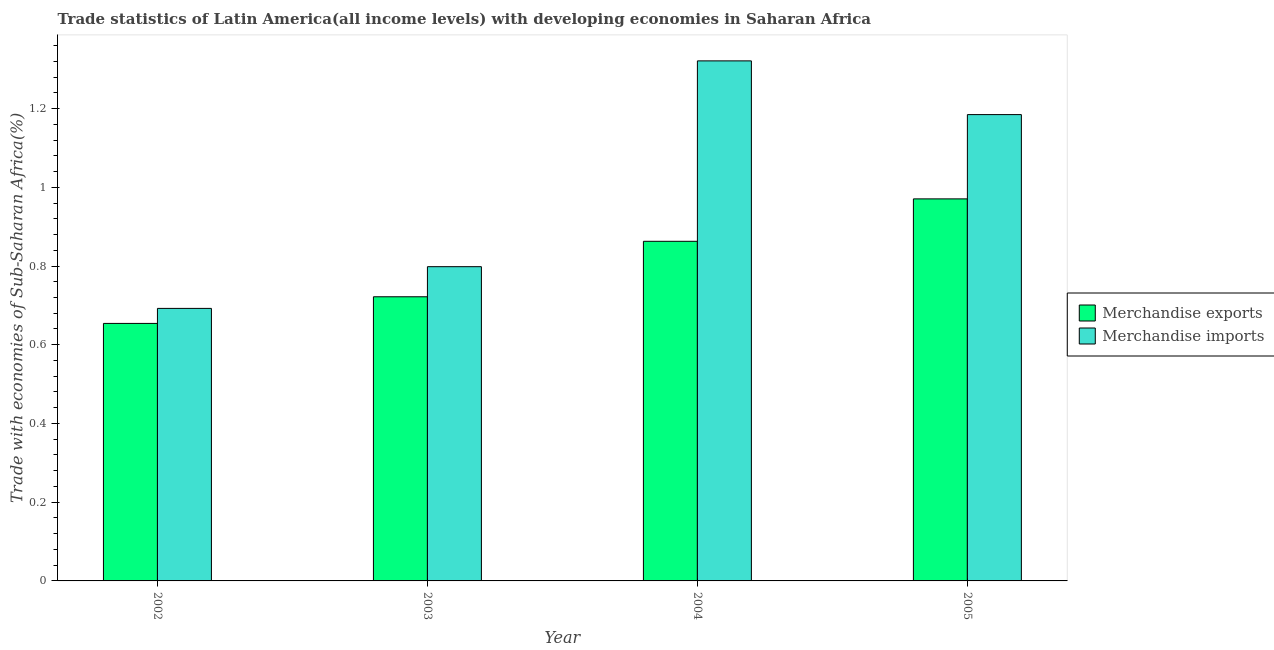
| Year | Merchandise exports | Merchandise imports |
 | --- | --- | --- |
 | 2002 | 0.654 | 0.692 |
 | 2003 | 0.722 | 0.798 |
 | 2004 | 0.863 | 1.32 |
 | 2005 | 0.971 | 1.18 |